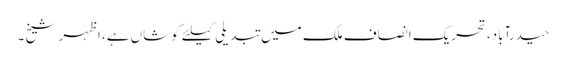
حیدرآباد،تحریک انصاف ملک میں تبدیلی کیلئے کوشاں ہے، اظہر شیخ ۔